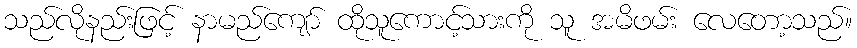
သည်လိုနည်းဖြင့် နာမည်ကျော် ထိုသူကောင့်သားကို သူ အမိဖမ်း လေတော့သည်။